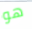
هو